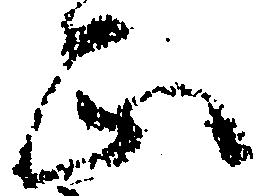
正